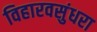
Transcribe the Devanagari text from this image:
विहारवसुंधरा